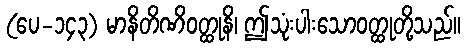
(ပေ-၁၄၃) မာနိတိဏိဝတ္ထုနိ၊ ဤသုံးပါးသောဝတ္ထုတို့သည်။